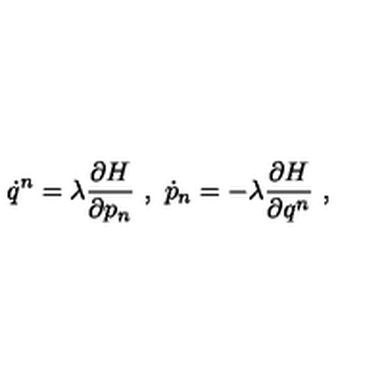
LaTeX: \dot { q } ^ { n } = \lambda \frac { \partial H } { \partial p _ { n } } \ , \ \dot { p } _ { n } = - \lambda \frac { \partial H } { \partial q ^ { n } } \ ,